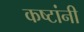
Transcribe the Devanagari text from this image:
कष्टांनी